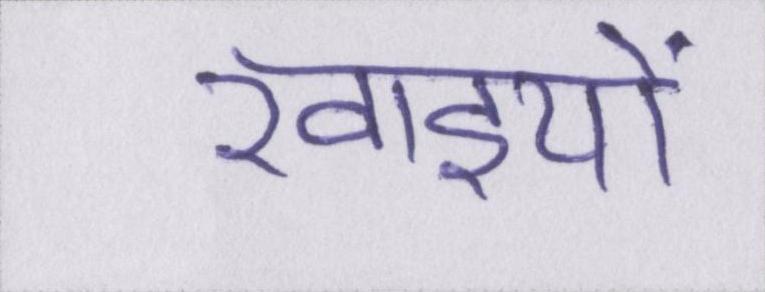
खाइयों